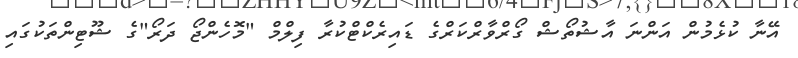
އޭނާ ކުޅެމުން އަންނަ އާޝުތޯޝް ގޯރްވާރްކަރްގެ ޑައިރެކްޓްކުރާ ފިލްމް "މޮހެންޖޯ ދަރޯ"ގެ ޝޫޓިންތަކުގައި